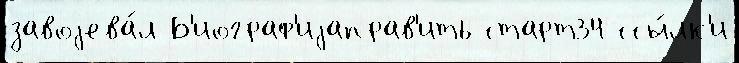
завоjева́л Б'иограф'иjаправ'ить старт34 ссы́лк'и